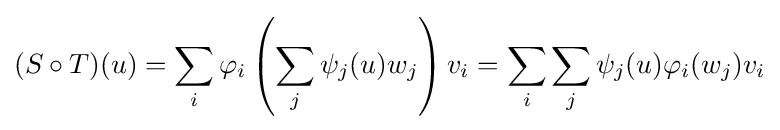
(S\circ T)(u)=\sum _{i}\varphi _{i}\left(\sum _{j}\psi _{j}(u)w_{j}\right)v_{i}=\sum _{i}\sum _{j}\psi _{j}(u)\varphi _{i}(w_{j})v_{i}